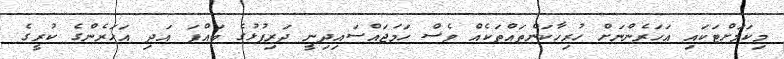
މިކަމަށްޓަކައި އަހަރެންނަށް ހުރިހާކަންތައްތަކެއް ވެސް ހަމަޖައްސައިދިނީ ދަރިފުޅުގެ ބައްޕަ އަދި އަހަރެންގެ ކުރީގެ